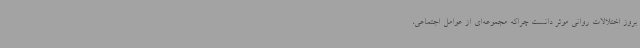
بروز اختلالات روانی موثر دانست چراکه مجموعه‌ای از عوامل اجتماعی،